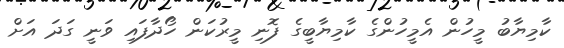
ކާމިޔާބު މީހުން އެމީހުންގެ ކާމިޔާބީގެ ފޮނި މީރުކަން ހޯދާފައި ވަނީ ގަދަ އަށް